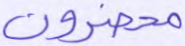
محضرون